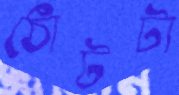
ঠোঁটটা